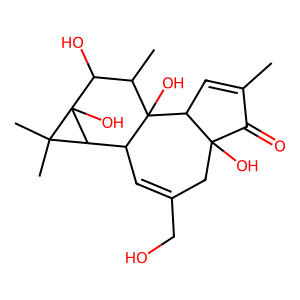
SMILES: CC1=CC2C(O)(CC(CO)=CC3C4C(C)(C)C4(O)C(O)C(C)C32O)C1=O
Inhibits HIV replication: No